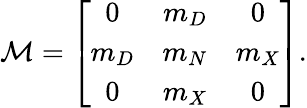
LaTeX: {\cal M}=\left[\begin{array}{ccc}{{0}}&{{m_{D}}}&{{0}}\\ {{m_{D}}}&{{m_{N}}}&{{m_{X}}}\\ {{0}}&{{m_{X}}}&{{0}}\end{array}\right].